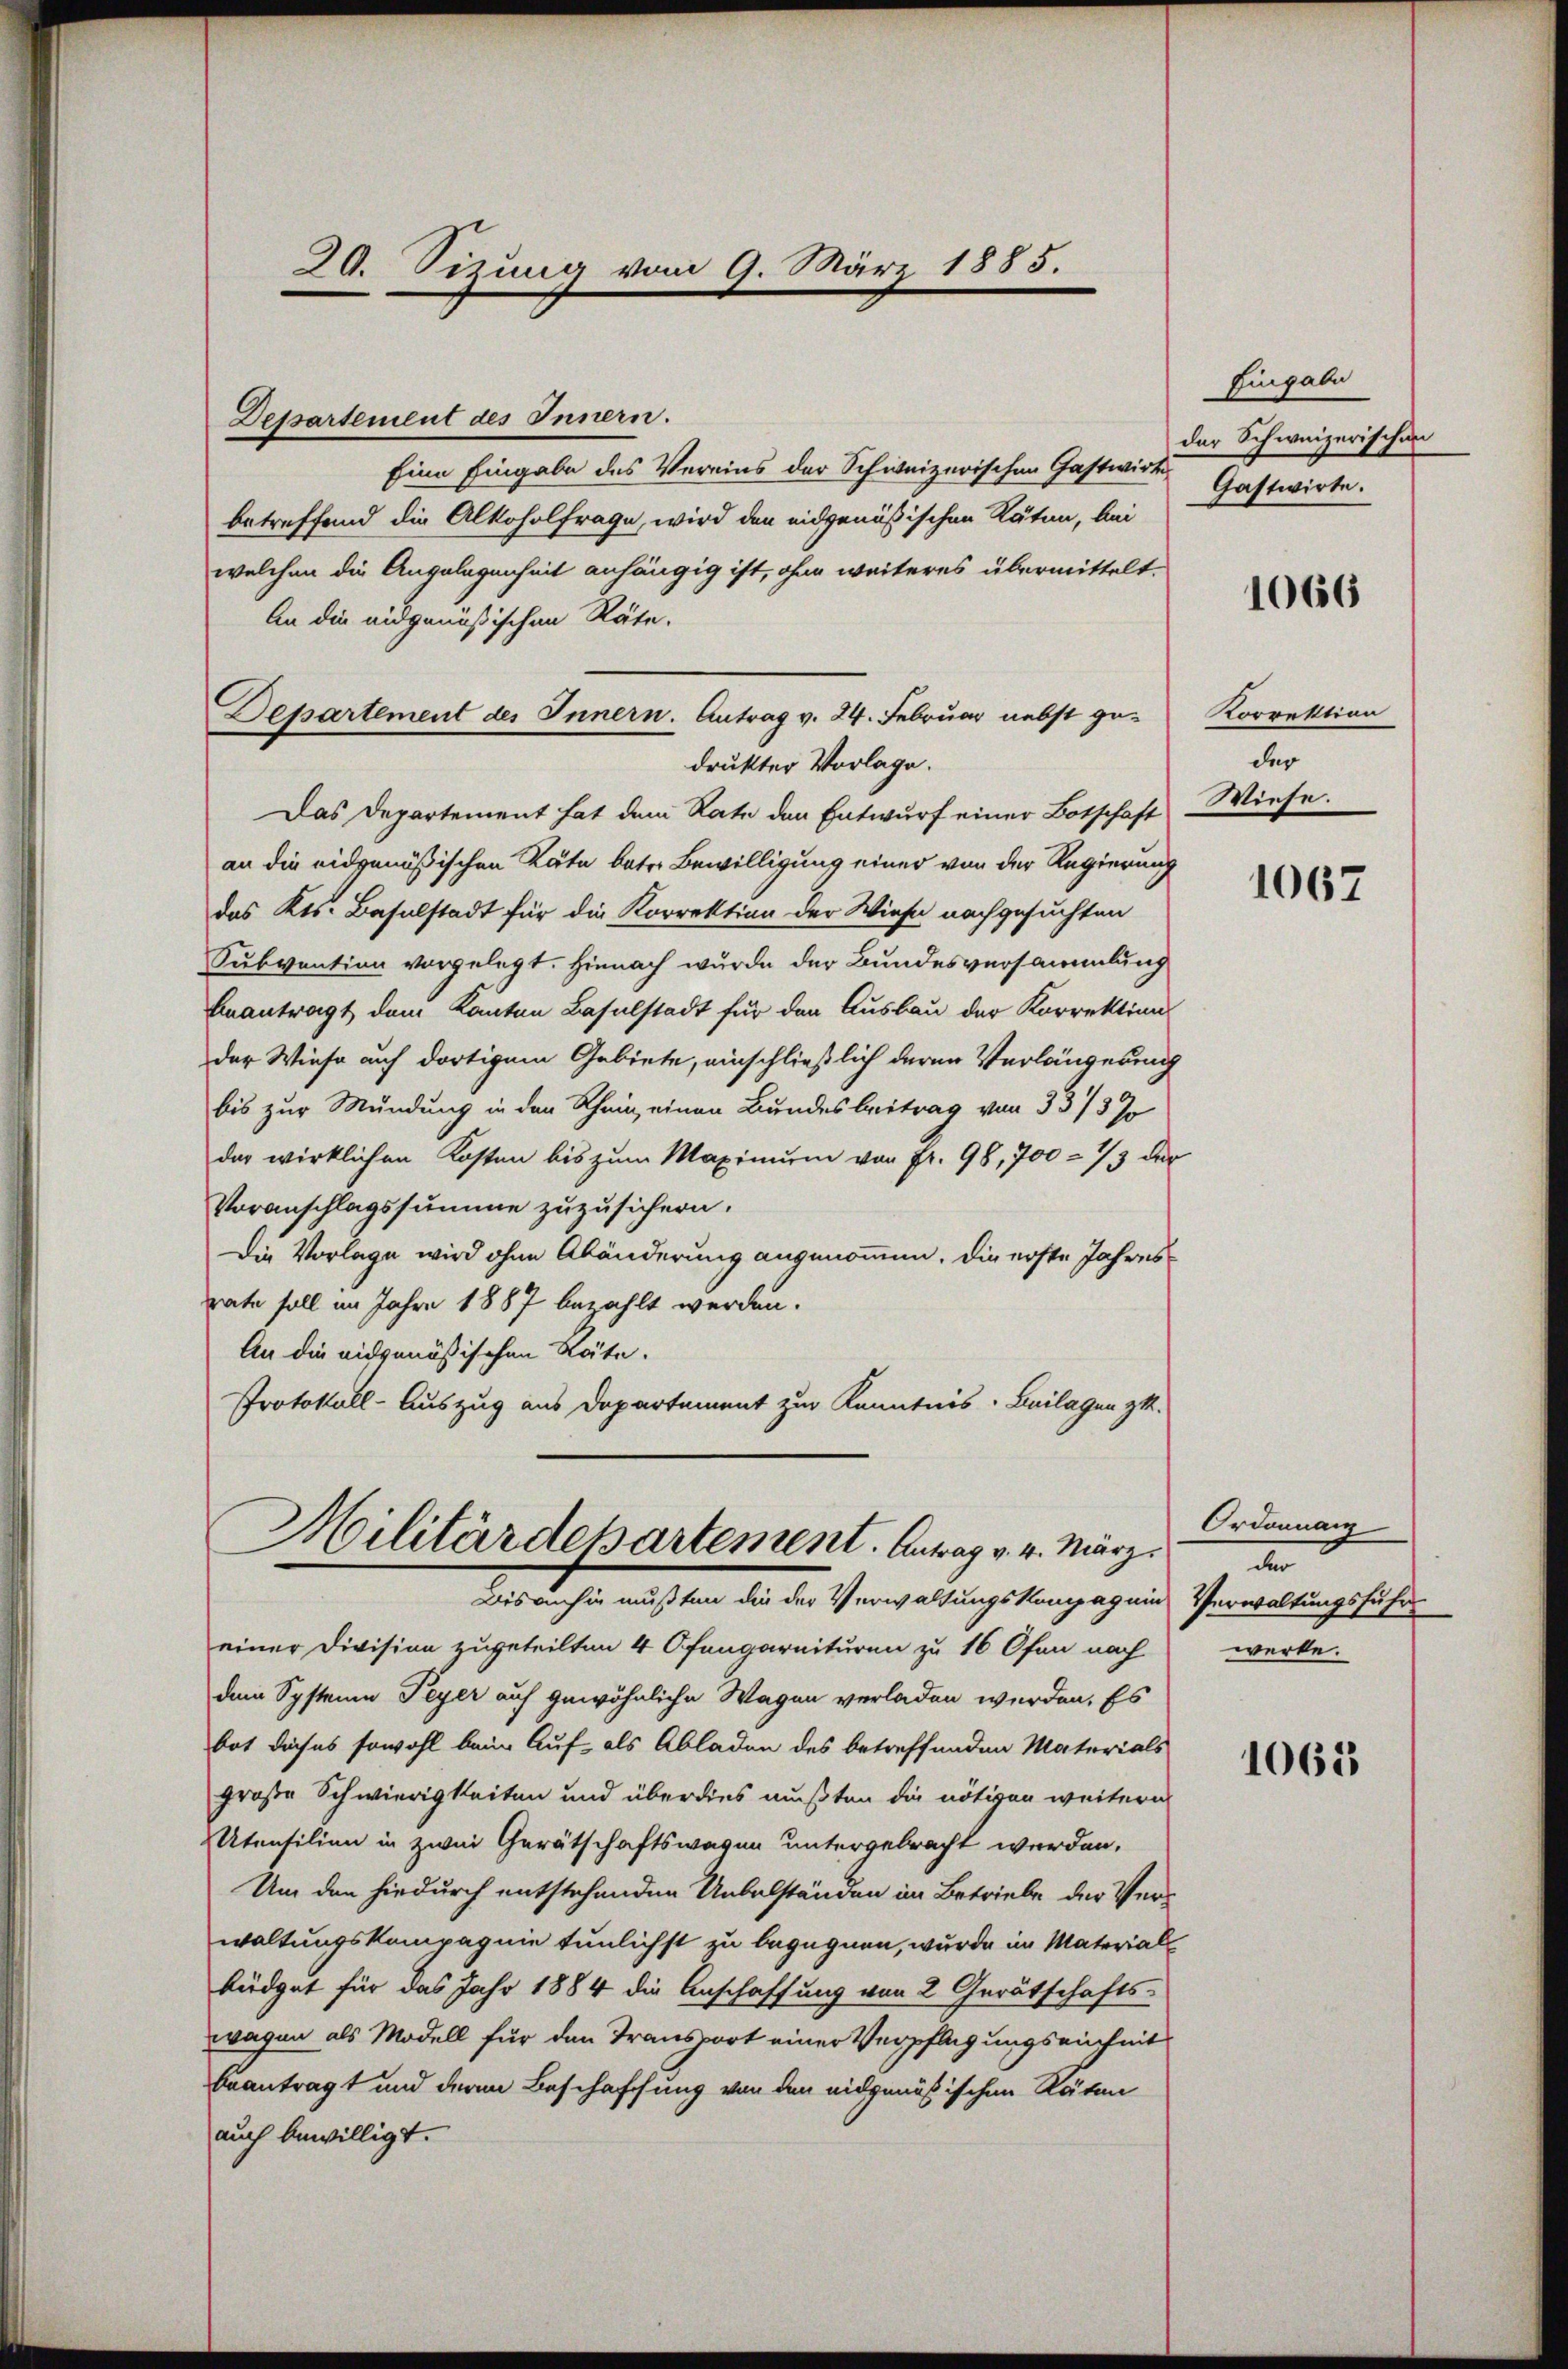
Departement des Innern.
Eine Eingabe des Vereins der Schweizerischen Gastwirkbetreffend die Alkoholfrage, wird den eidgenößischen Räten, bei
welchen die Angelegenheit anhängig ist, ohne weiteres übermittelt.
An die eidgenössischen Räte,
Departement des Innern. Antrag v. 24. Februar nebst ge- Korrektion
drukter Vorlage.
Das Departement hat dem Rate den Entwurf einer Botschaft Wiese.
an die eidgenößischen Käte betr. Bewilligung einer von der Regierung
das Kts. Baselstadt für die Korrektion der Wiese nachgesuchten
Subvention vorgelegt. Hienach wurde der Bundesversammlung
beantragt dem Kanton Baselstadt für den Ausbau der Korrektion
der Wiese auf dortigem Gebiete, einschließlich deren Verlängerung
bis zur Mündung in den Rhein, einen Bundesbeitrag von 33/3 %
das wirklichen Kosten bis zum Maximum von Fr. 98, 700 = 1/3 der
Voranschlagssumme zuzusichern.
Die Vorlage wird ohne Abänderung angenommen, die erste Jahresrate soll im Jahre 1887 bezahlt werden.
An die eidgenößischen Stäte.
Protokoll-Auszug aus Departement zur Kenntnis: Beilagen z.

20. Sizung vom 9. März 1885.

Militärdepartement. Antrag v. 4. März.
Bis anhin mußten die der Verwaltungskompagni

einer Division zugeteilten 4 Ofengarnituren zu 16 Ofen nach
dem System Peyer auf gewöhnliche Wagen verladen werden. Es
bot dieses sowohl beim Auf- als Abladen des betreffenden Materials
große Schwierigkeiten und überdies mußten die nötigen weitern
Utensilien in zwei Gerätschaftswegen untergebracht werden.
Um den hiedurch entstehenden Uebelständen im Betriebe der Verwaltungskompagnie tunlichst zu begegnen, wurde in Material
büdget für das Jahr 1884 die Anschaffung von 2 Gerätschafts-
wagen als Modell für den Transport einer Verpflegungseinheit
beantragt und deren Beschaffung von den eidgenößischen Räten
auch bewilligt.

Eingabe
der Schweizerischen
Gastwirte.

1066

der

1067

Ordonnan
a
Verwaltungsführ
werke.

1068